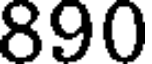
890